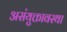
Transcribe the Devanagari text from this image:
असंयुक्तावस्था